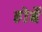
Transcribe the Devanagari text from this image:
होर्बे